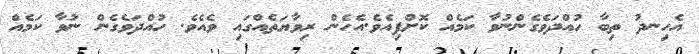
އެހިނދު ތިބާ ހުއްދަވެގެންނުވާ ކަމެއް ކޮށްފިއެވެ.އެހެން ރިވާޔަތެއްގައި ވެއެވެ. ހުއްދަވެގެން ނުވާ ކަމެއް